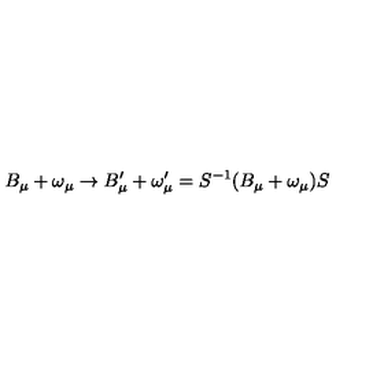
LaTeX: B _ { \mu } + \omega _ { \mu } \rightarrow B _ { \mu } ^ { \prime } + \omega _ { \mu } ^ { \prime } = S ^ { - 1 } ( B _ { \mu } + \omega _ { \mu } ) S